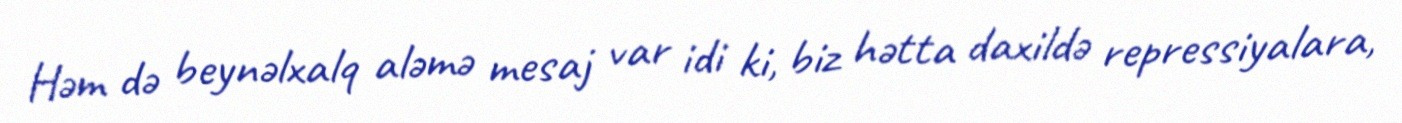
Həm də beynəlxalq aləmə mesaj var idi ki, biz hətta daxildə repressiyalara,